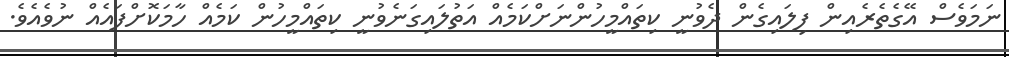
ނަމަވެސް އޭގެތެރެއިން ފިލައިގެން ދެވުނީ ކިތައްމީހުންނަށްކަމެއް އަތުލައިގަނެވުނީ ކިތައްމީހުން ކަމެއް ހާމަކޮށްފައެއް ނުވެއެވެ.